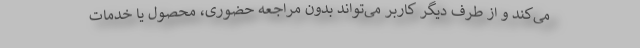
می‌کند و از طرف دیگر کاربر می‌تواند بدون مراجعه حضوری، محصول یا خدمات